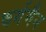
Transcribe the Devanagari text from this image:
वर्गमैन